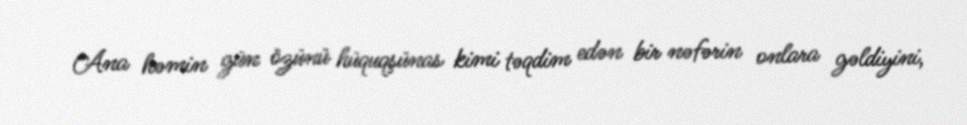
Ana həmin gün özünü hüquqşünas kimi təqdim edən bir nəfərin onlara gəldiyini,